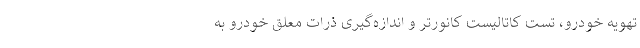
تهویه خودرو، تست کاتالیست کانورتر و اندازه‌گیری ذرات معلق خودرو به